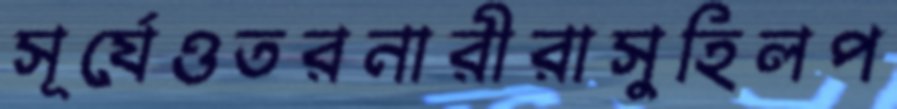
সূর্যেওতরনারীরাসুহিলপ